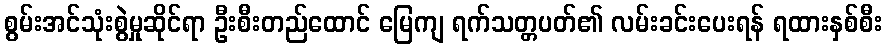
စွမ်းအင်သုံးစွဲမှုဆိုင်ရာ ဦးစီးတည်ထောင် မြေကျ ရက်သတ္တပတ်၏ လမ်းခင်းပေးရန် ရထားနှစ်စီး